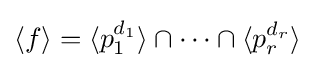
\langle f\rangle =\langle p_{1}^{d_{1}}\rangle \cap \cdots \cap \langle p_{r}^{d_{r}}\rangle